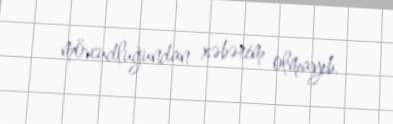
mövcudluğundan xəbərim olmayıb.